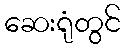
ဆေးရုံတွင်